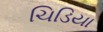
ચિડિયા